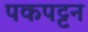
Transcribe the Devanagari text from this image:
पकपट्टन